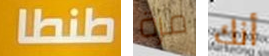
طنطا مرة أنك